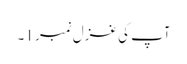
آپ کی غزل نمبر 1۔